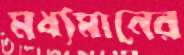
মধ্যমানের